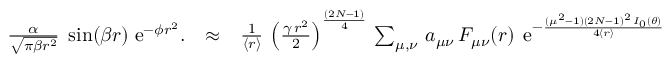
\begin{array} { r l r } { { \frac { \alpha } { \sqrt { \pi \beta r ^ { 2 } } } } \; \sin ( \beta r ) \; \mathrm { e } ^ { - \phi r ^ { 2 } } . } & { \approx } & { { \frac { 1 } { \langle r \rangle } } \, \left( { \frac { \gamma \, r ^ { 2 } } { 2 } } \right) ^ { \frac { ( 2 N - 1 ) } { 4 } } \, \sum _ { \mu , \nu } \, a _ { \mu \nu } \, F _ { \mu \nu } ( r ) \; \, \mathrm { e } ^ { - { \frac { ( \mu ^ { 2 } - 1 ) ( 2 N - 1 ) ^ { 2 } \, I _ { 0 } ( \theta ) } { 4 \langle r \rangle } } } } \end{array}